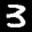
Label: 3